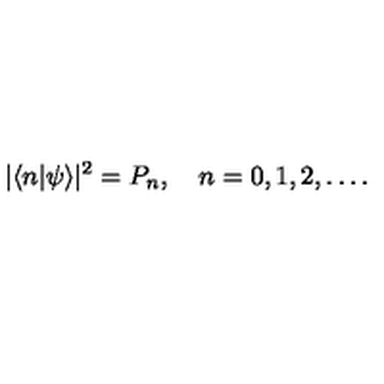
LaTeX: | \langle n | \psi \rangle | ^ { 2 } = P _ { n } , \quad n = 0 , 1 , 2 , \ldots .